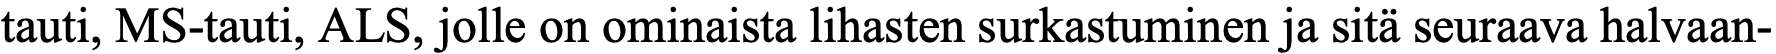
tauti, MS-tauti, ALS, jolle on ominaista lihasten surkastuminen ja sitä seuraava halvaan-